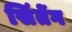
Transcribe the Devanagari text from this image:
सिंतेंग